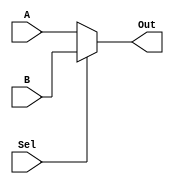
`timescale 1ns / 1ps
//////////////////////////////////////////////////////////////////////////////////
// Company: 
// Engineer: 
// 
// Design Name: 
// Module Name: mux_21
// Project Name: 
// Target Devices: 
// Tool Versions: 
// Description: 
// 
// Dependencies: 
// 
// Revision:
// Revision 0.01 - File Created
// Additional Comments:
// 
//////////////////////////////////////////////////////////////////////////////////


module mux_21#(parameter WL = 1)
                (input Sel, input signed [WL-1:0]A, B,
                    output signed [WL-1:0] Out);

assign Out = Sel ? B : A;

endmodule